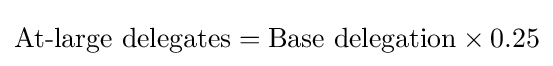
{\text{At-large delegates}}={\text{Base delegation}}\times 0.25